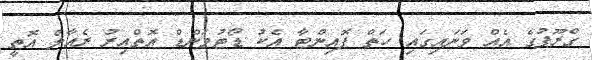
ގްރޫޕުގެ އެއް ވަނައިގައި ހަތް ޕޮއިންޓާ އެކު ޑޯޓުމަންޑް އޮތްއިރު ރެއާލް އޮތީ